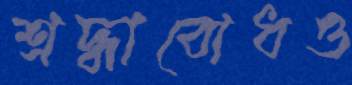
শ্রদ্ধাবোধও